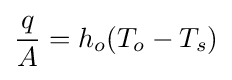
{\frac {q}{A}}=h_{o}(T_{o}-T_{s})